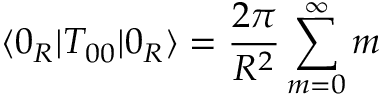
\langle 0 _ { R } | T _ { 0 0 } | 0 _ { R } \rangle = { \frac { 2 \pi } { R ^ { 2 } } } \sum _ { m = 0 } ^ { \infty } m